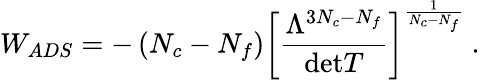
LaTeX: W_{ADS}=-\left(N_{c}-N_{f}\right)\left[\frac{\Lambda^{3N_{c}-N_{f}}}{\mathrm{det}T}\right]^{\frac{1}{N_{c}-N_{f}}}\ .